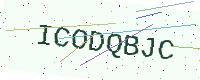
Text: ICODQBJC